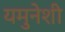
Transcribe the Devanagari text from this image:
यमुनेशी